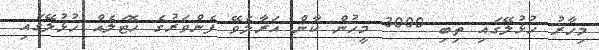
މިހާރު ހުޅުލޭގައި ތިބި 3000 މީހުން ކާން އަރާލެވޭ ފެންވަރުގެ ހޮޓަލެއް ހުޅުލޭގައި